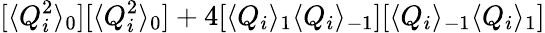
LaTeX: [\langle Q_{i}^{2}\rangle_{0}][\langle Q_{i}^{2}\rangle_{0}]+4[\langle Q_{i}\rangle_{1}\langle Q_{i}\rangle_{-1}][\langle Q_{i}\rangle_{-1}\langle Q_{i}\rangle_{1}]